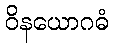
ဝိနယောဂဓံ